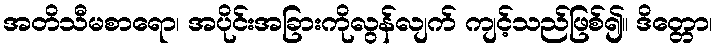
အတိသီမစာရော၊ အပိုင်းအခြားကိုလွန်လျက် ကျင့်သည်ဖြစ်၍။ ဒိတ္တော၊